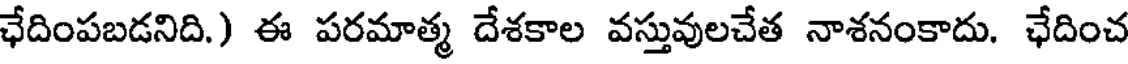
ఛేదింపబడనిది.) ఈ పరమాత్మ దేశకాల వస్తువులచేత నాశనంకాదు. ఛేదించ